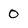
Character: 0